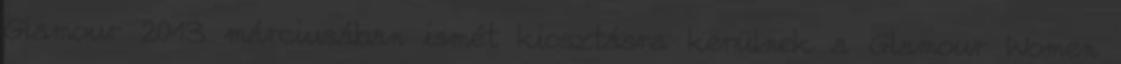
Glamour 2013 márciusában ismét kiosztásra kerülnek a Glamour Women